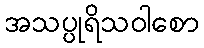
အသပ္ပုရိသဝါစော